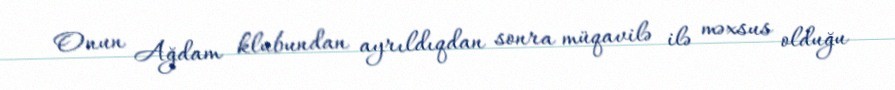
Onun Ağdam klubundan ayrıldıqdan sonra müqavilə ilə məxsus olduğu